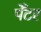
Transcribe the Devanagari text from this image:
पेँटर